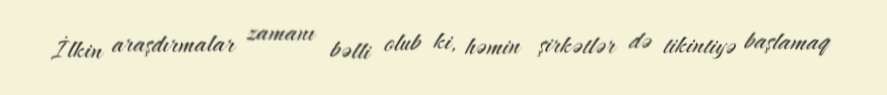
İlkin araşdırmalar zamanı bəlli olub ki, həmin şirkətlər də tikintiyə başlamaq